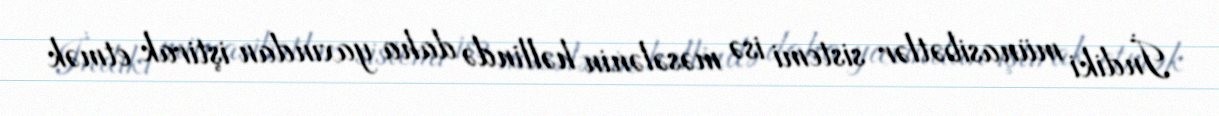
İndiki münasibətlər sistemi isə məsələnin həllində daha yaxından iştirak etmək